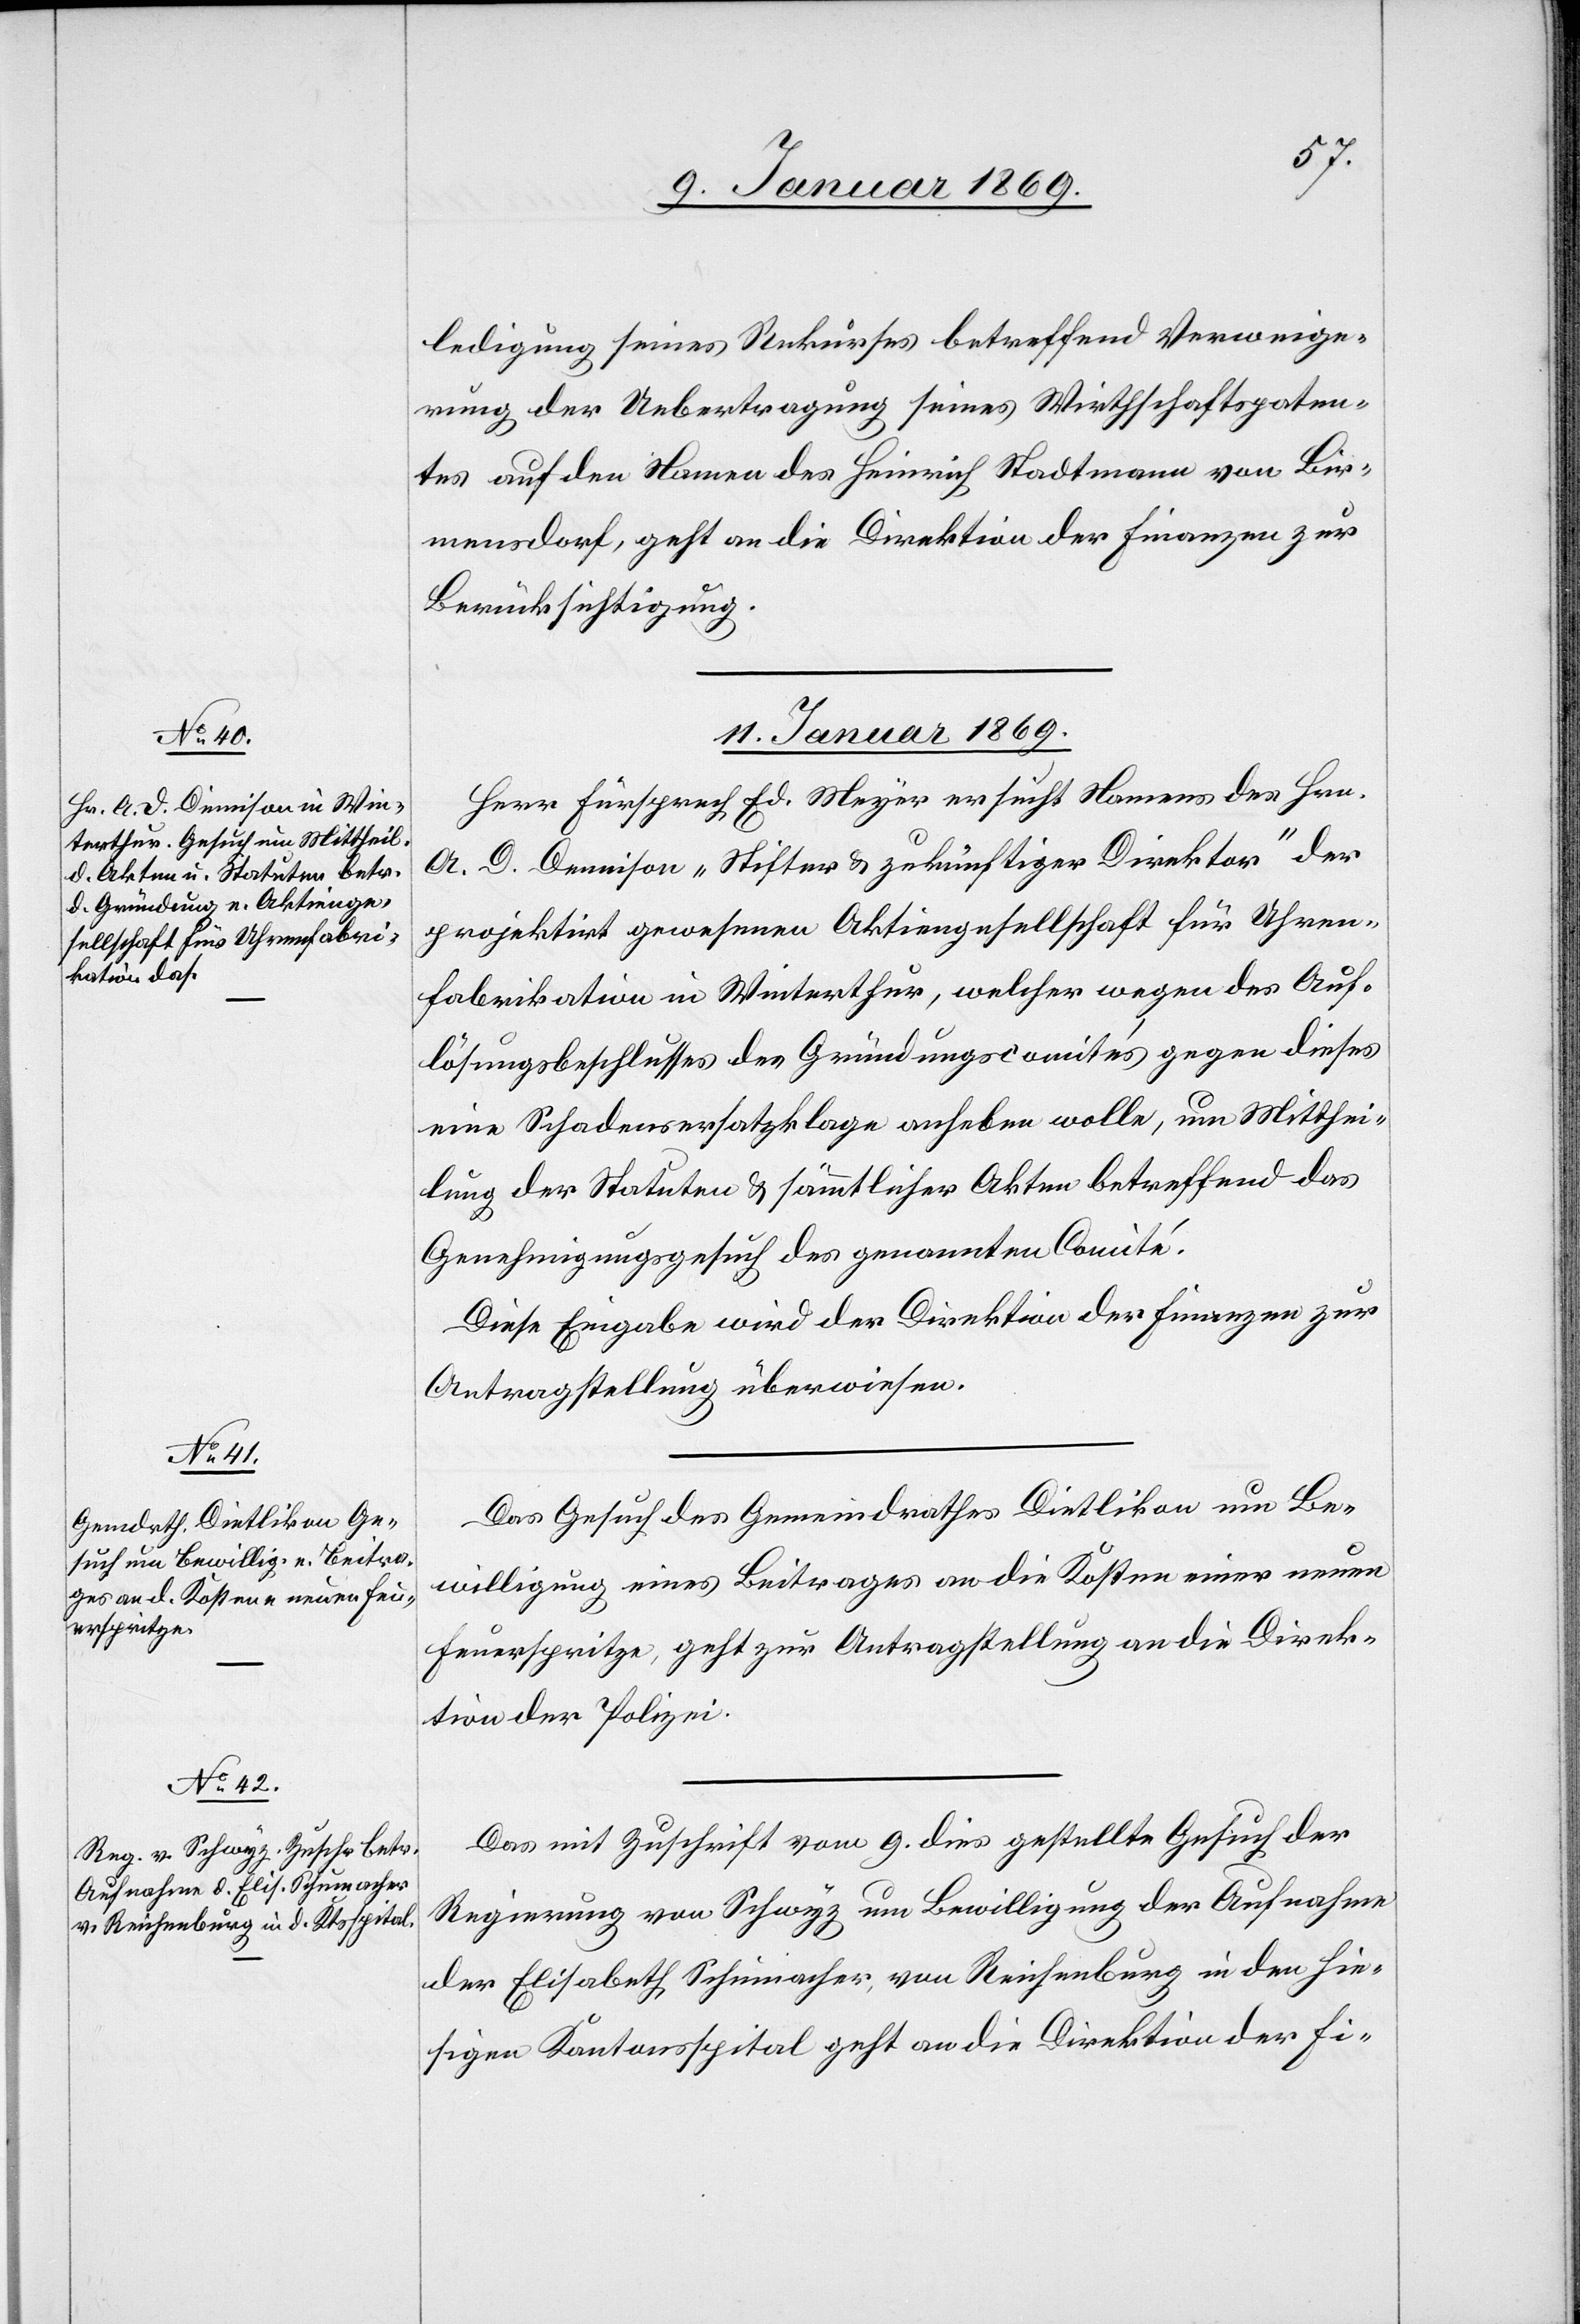
ledigung seines Rekurses betreffend Verweige¬
rung der Uebertragung seines Wirthschaftspaten¬
tes auf den Namen des Heinrich Stadtmann von Bir¬
mensdorf, geht an die Direktion der Finanzen zur
Berücksichtigung.
11. Januar 1869.]
Herr Fürsprech Ed. Meyer ersucht Namens des Hrn.
A. D. Demison „Stifter & zukünftiger Direktor“ der
projektirt gewesenen Aktiengesellschaft für Uhren¬
fabrikation in Winterthur, welcher wegen des Auf¬
lösungsbeschlusses des Gründungscomités gegen dieses
eine Schadensersatzklage anheben wolle, um Mitthei¬
lung der Statuten & sämmtlicher Akten betreffend das
Genehmigungsgesuch des genannten Comité.
Diese Eingabe wird der Direktion der Finanzen zur
Antragstellung überwiesen.
Das Gesuch des Gemeindrathes Dietlikon um Be¬
willigung eines Beitrages an die Kosten einer neuen
Feuerspritze, geht zur Antragstellung an die Direk¬
tion der Polizei.
Das mit Zuschrift vom 9. dies gestellte Gesuch der
Regierung von Schwyz um Bewilligung der Aufnahme
der Elisabeth Schumacher, von Reichenburg in den hie¬
sigen Kantonsspital geht an die Direktion der Fi-